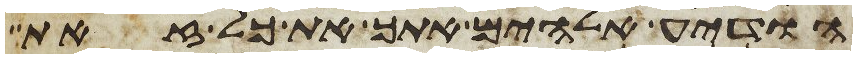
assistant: הודיע אלהים אתך את כל זאת